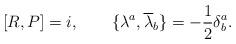
LaTeX: \begin{align*}\lbrack R, P \rbrack = i, \qquad\lbrace \lambda^a, {\overline{\lambda}}_b \rbrace = -\frac{1}{2} \delta^a_b.\end{align*}